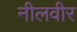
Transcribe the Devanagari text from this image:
नीलवीर